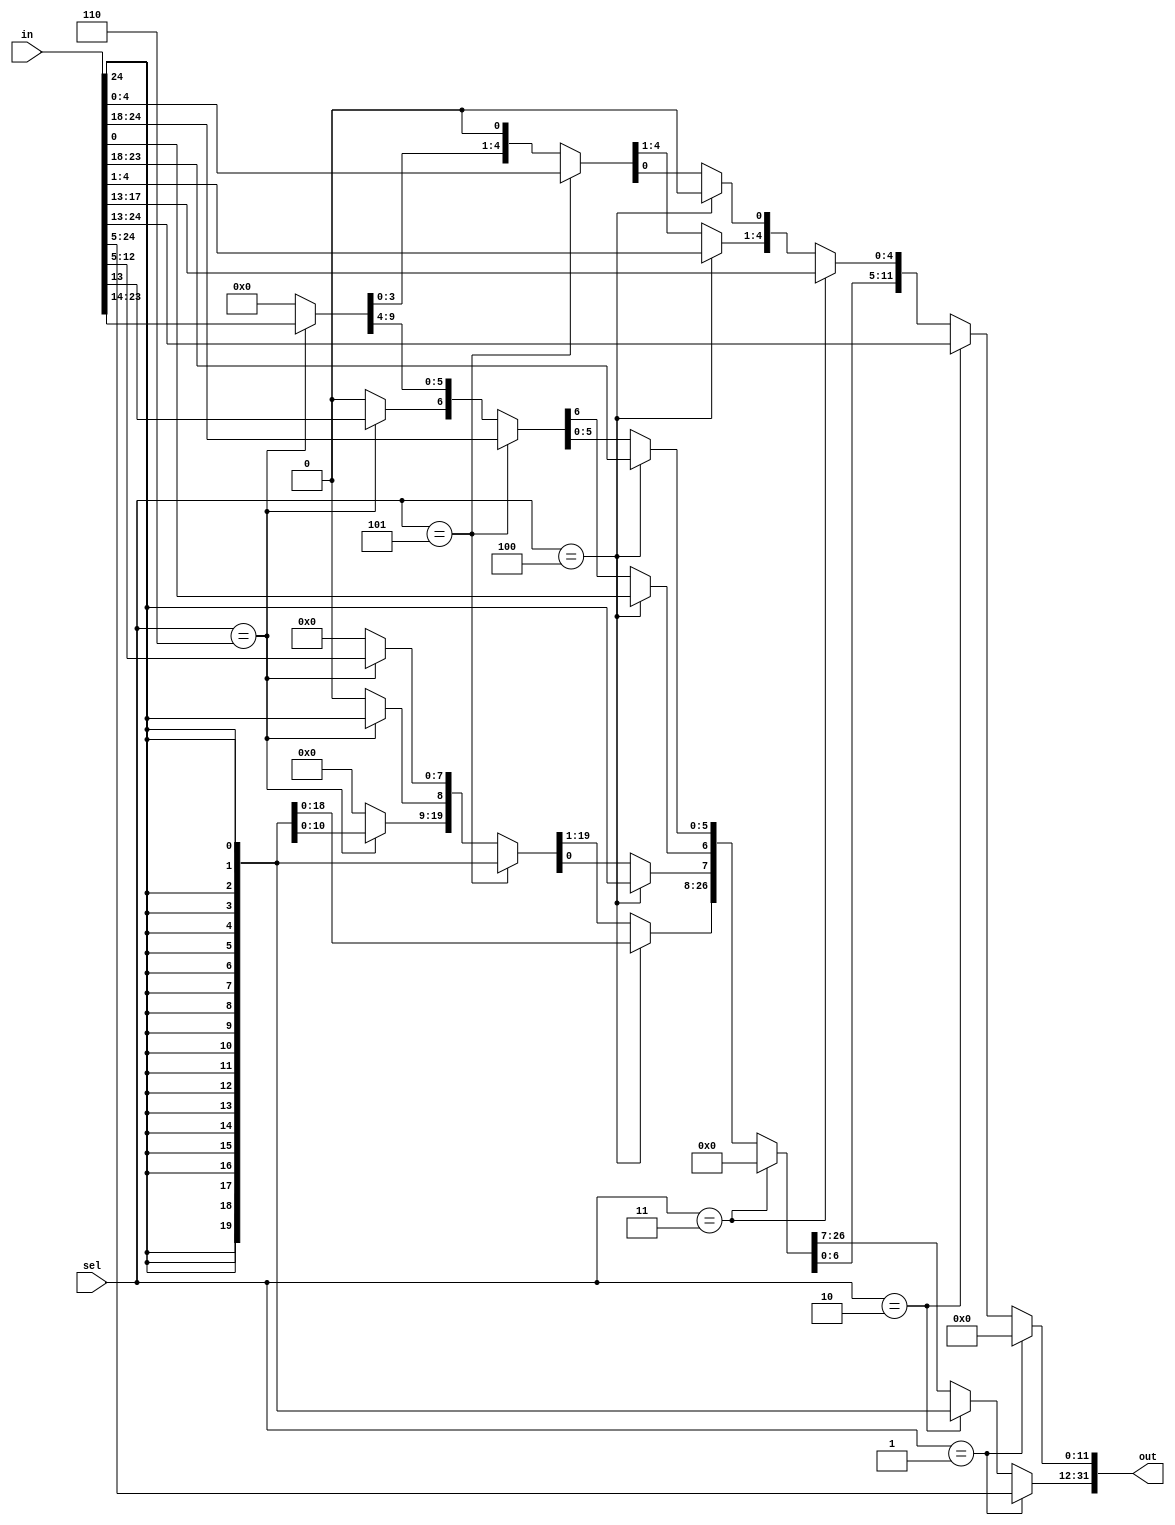
`define SE20_UI 3'b001
`define SE12_LI 3'b010
`define SE05    3'b011
`define SE12_BR 3'b100
`define SE12_ST 3'b101
`define SE20_JP 3'b110

module se(out, sel, in);
	parameter nin = 32;
	parameter nout = 32;
	input [nin-1:nin-25] in;
	input [2:0] sel;
	output reg [nout-1:0] out;
	

	always @(*)
	begin	
	if (sel == `SE20_UI)					// U TYPE
		begin
			out[31:12] = in[31:12];
			out[11:0] = {12{1'b0}};
		end
	else if (sel == `SE12_LI)				//  I TYPE - LOAD INSTRUCTION
		begin
			out[11:0] = in[31:20];
			out[31:12] = {20{in[31]}};
		end
	else if (sel == `SE05)					// SHIFT IMMEDIATE
		begin
			out[4:0] = in[24:20];
			out[31:5] = 0;
		end
	else if (sel == `SE12_BR)				// B TYPE
		begin
			out[0] = {1'b0};
			out[4:1] = in[11:8];
			out[10:5] = in[30:25];
			out[11] = in[7];
			out[12] = in[31];
			out[31:13] = {19{in[31]}};
		end
	else if (sel == `SE12_ST)				// S TYPE
		begin
			out[4:0] = in[11:7];
			out[11:5] = in[31:25];
			out[31:12] = {20{in[31]}};
		end
	else if (sel == `SE20_JP)				// JAL
		begin
			out[0] = {1'b0};
			out[10:1] = in[30:21];
			out[11] = in[20];
			out[19:12] = in[19:12];
			out[20] = in[31];
			out[31:21] = {11{in[31]}};
		end	
	else 
		out = 32'h0;	
	end
endmodule